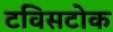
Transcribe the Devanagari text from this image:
टविसटोक